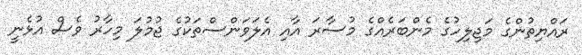
ރައްޔިތުންގެ މަޖިލިހުގެ މެންބަރެއްގެ މުސާރަ އާއި އެލަވަންސްތަކުގެ ޖުމުލަ މިހާރު ވެސް އުޅެނީ